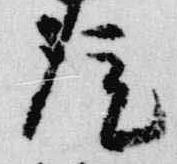
院